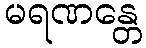
မရဏန္တေ